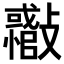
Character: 𣀪